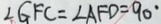
\angle G F C = \angle A F D = 9 0 ^ { \circ }